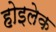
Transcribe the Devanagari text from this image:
होइलेक